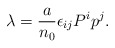
\begin{align*}\lambda={a\over{n_0}}\epsilon_{ij}P^ip^j.\end{align*}